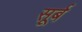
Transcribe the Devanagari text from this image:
सूर्ब